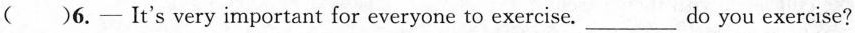
（）6.- It's very important for everyone to exercise.___do you exercise?